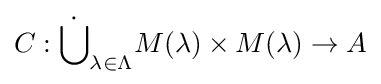
C:{\dot {\bigcup }}_{\lambda \in \Lambda }M(\lambda )\times M(\lambda )\to A